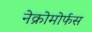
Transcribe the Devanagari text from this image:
नेक्रोमोर्फस